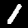
Digit: 1